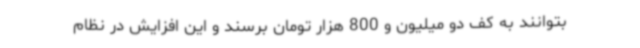
بتوانند به کف دو میلیون و 800 هزار تومان برسند و این افزایش در نظام